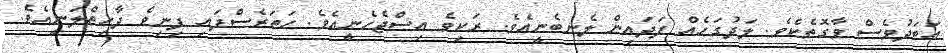
އަބަދުވެސް ވާގޮތެކެވެ. ލަދުގަހެއް ފަދައިން ލެނބެނީއެވެ. ރަކިވެ އިސްޖެހެނީއެވެ. ހަތަރެސްފައި ފިނިވެ ދާހިތްލަނީއެވެ.